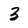
Character: 3